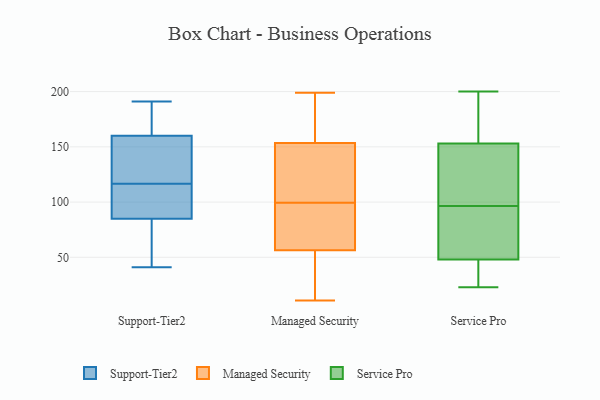
{"axis": {"x": "Bounce Rate (%)", "y": "Value"}, "legend": ["Managed Security", "Service Pro", "Support-Tier2"], "data": [{"x": "", "y": 171, "type": "Support-Tier2"}, {"x": "", "y": 184, "type": "Support-Tier2"}, {"x": "", "y": 90, "type": "Support-Tier2"}, {"x": "", "y": 104, "type": "Support-Tier2"}, {"x": "", "y": 191, "type": "Support-Tier2"}, {"x": "", "y": 92, "type": "Support-Tier2"}, {"x": "", "y": 70, "type": "Support-Tier2"}, {"x": "", "y": 152, "type": "Support-Tier2"}, {"x": "", "y": 85, "type": "Support-Tier2"}, {"x": "", "y": 160, "type": "Support-Tier2"}, {"x": "", "y": 41, "type": "Support-Tier2"}, {"x": "", "y": 145, "type": "Support-Tier2"}, {"x": "", "y": 129, "type": "Support-Tier2"}, {"x": "", "y": 77, "type": "Support-Tier2"}, {"x": "", "y": 199, "type": "Managed Security"}, {"x": "", "y": 25, "type": "Managed Security"}, {"x": "", "y": 67, "type": "Managed Security"}, {"x": "", "y": 124, "type": "Managed Security"}, {"x": "", "y": 93, "type": "Managed Security"}, {"x": "", "y": 144, "type": "Managed Security"}, {"x": "", "y": 93, "type": "Managed Security"}, {"x": "", "y": 163, "type": "Managed Security"}, {"x": "", "y": 87, "type": "Managed Security"}, {"x": "", "y": 135, "type": "Managed Security"}, {"x": "", "y": 177, "type": "Managed Security"}, {"x": "", "y": 106, "type": "Managed Security"}, {"x": "", "y": 46, "type": "Managed Security"}, {"x": "", "y": 11, "type": "Managed Security"}, {"x": "", "y": 186, "type": "Managed Security"}, {"x": "", "y": 15, "type": "Managed Security"}, {"x": "", "y": 153, "type": "Service Pro"}, {"x": "", "y": 72, "type": "Service Pro"}, {"x": "", "y": 30, "type": "Service Pro"}, {"x": "", "y": 140, "type": "Service Pro"}, {"x": "", "y": 137, "type": "Service Pro"}, {"x": "", "y": 152, "type": "Service Pro"}, {"x": "", "y": 23, "type": "Service Pro"}, {"x": "", "y": 86, "type": "Service Pro"}, {"x": "", "y": 48, "type": "Service Pro"}, {"x": "", "y": 31, "type": "Service Pro"}, {"x": "", "y": 104, "type": "Service Pro"}, {"x": "", "y": 200, "type": "Service Pro"}, {"x": "", "y": 161, "type": "Service Pro"}, {"x": "", "y": 171, "type": "Service Pro"}, {"x": "", "y": 59, "type": "Service Pro"}, {"x": "", "y": 89, "type": "Service Pro"}, {"x": "", "y": 190, "type": "Service Pro"}, {"x": "", "y": 25, "type": "Service Pro"}]}